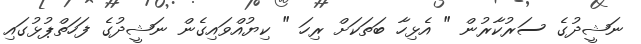
ނަޝީދުގެ ސަރުކާރުން " އެޅިހާ ބަތަކަށް ރިހަ " ކިޔުއްވައިގެން ނަޝީދުގެ ފަހަތްޕުޅުގައި